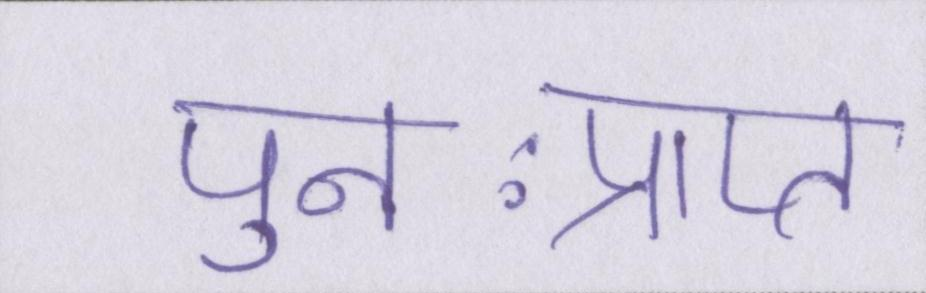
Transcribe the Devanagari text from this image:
पुनःप्राप्त